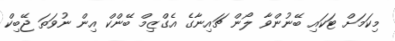
މިކަމަށް ޓަކައި ބޭނުންވާ ލޯން ޗައިނާގެ އެގްޒިމް ބޭންކް އިން ނުވަތަ ޖޭބިކް